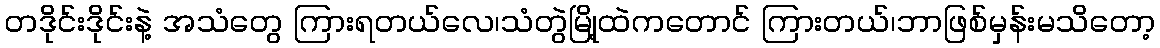
တဒိုင်းဒိုင်းနဲ့ အသံတွေ ကြားရတယ်လေ၊သံတွဲမြို့ထဲကတောင် ကြားတယ်၊ဘာဖြစ်မှန်းမသိတော့